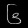
Digit: ၆